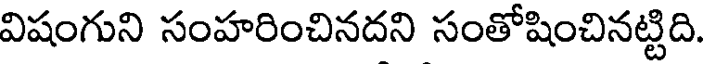
విషంగుని సంహరించినదని సంతోషించినట్టిది.